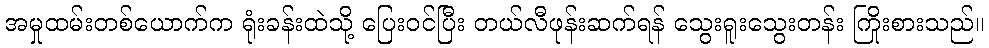
အမှုထမ်းတစ်ယောက်က ရုံးခန်းထဲသို့ ပြေးဝင်ပြီး တယ်လီဖုန်းဆက်ရန် သွေးရူးသွေးတန်း ကြိုးစားသည်။